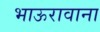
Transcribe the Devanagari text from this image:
भाऊरावाना